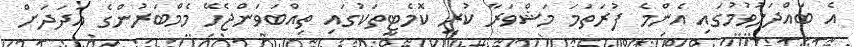
އެ ބައްދަލުވުމުގައި އެންމެ ފުރަތަމަ މަޝްވަރާ ކުރީ ކޮމެޓީތަކުގައި ތިއްބަވަންޖެހޭ މެމްބަރުންގެ އަދަދަށް